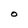
Character: O